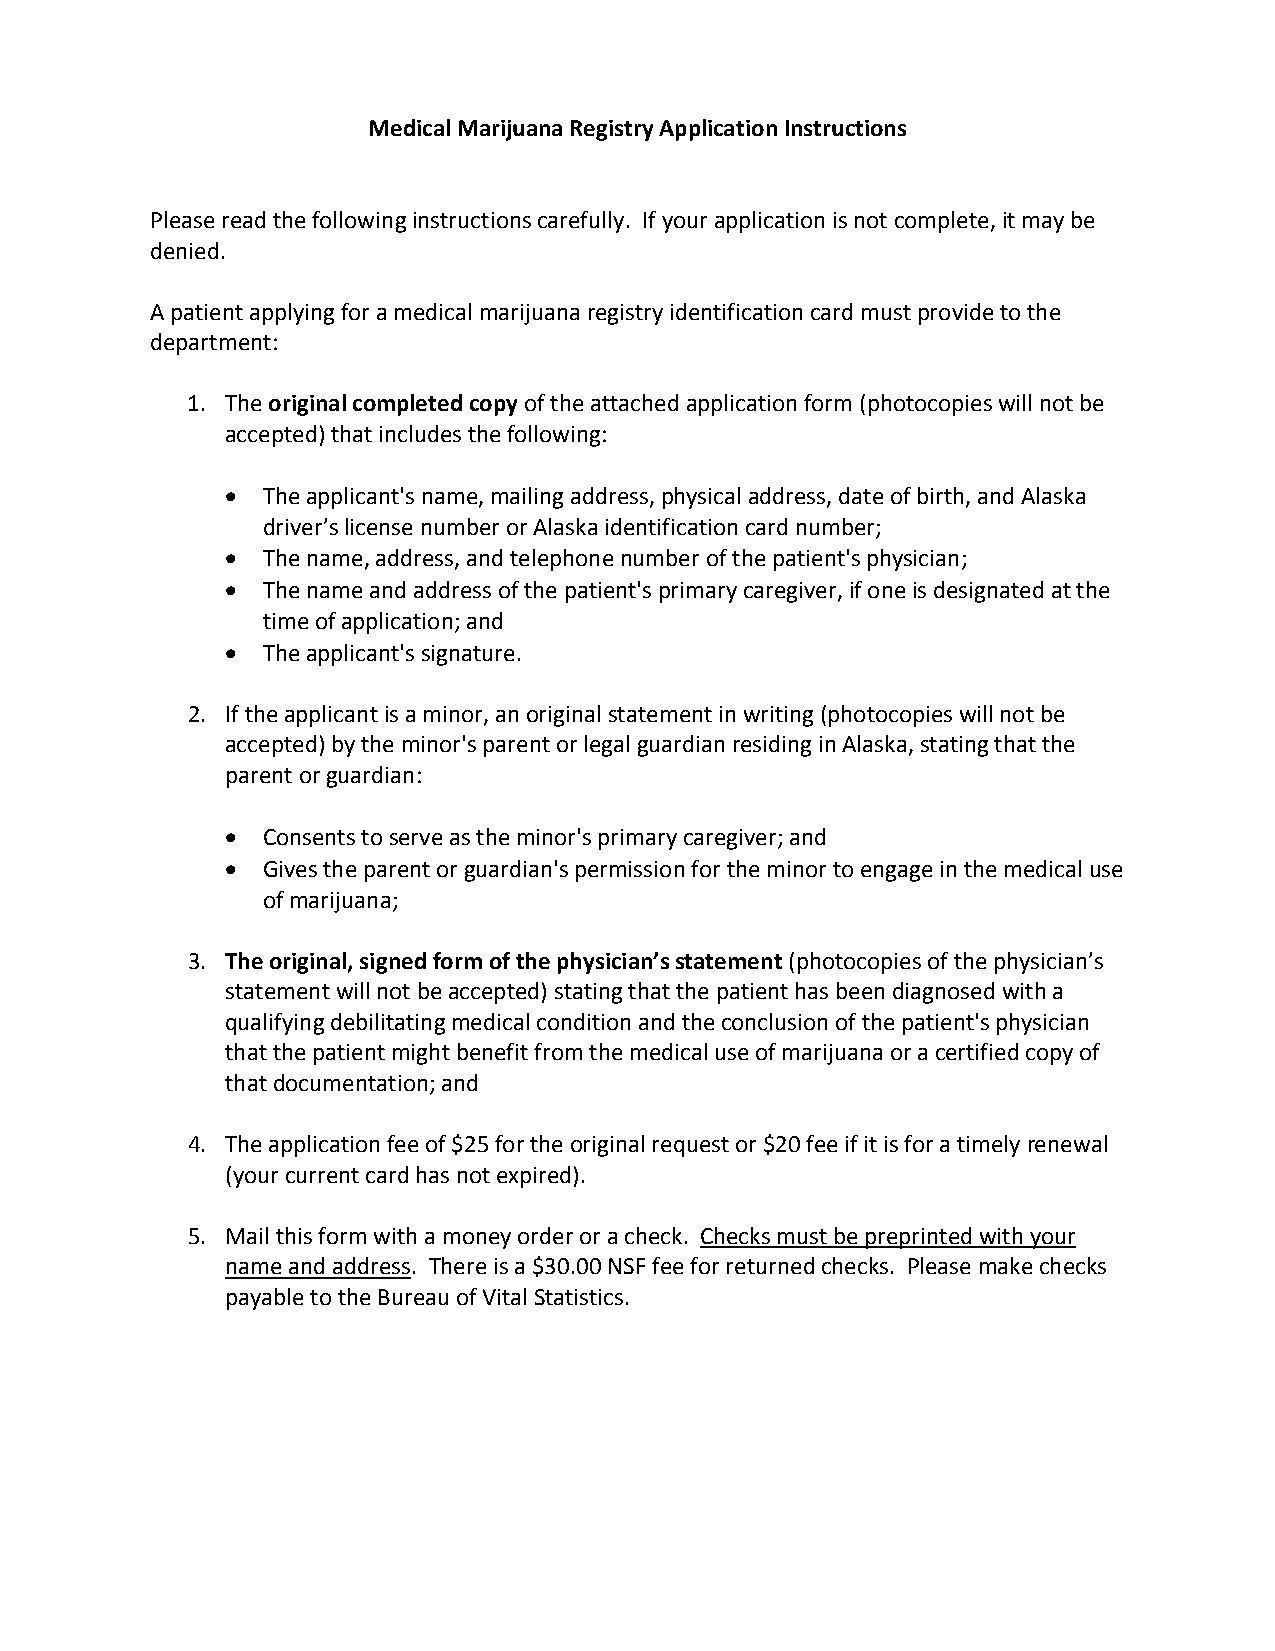
Medical Marijuana Registry Application Instructions
 Please read the following instructions carefully. If your application is not complete, it may be
 denied.
 A patient applying for a medical marijuana registry identification card must provide to the
 department:
 1. The original completed copy of the attached application form (photocopies will not be
 accepted) that includes the following:
  The applicant's name, mailing address, physical address, date of birth, and Alaska
 driver’s license number or Alaska identification card number;
  The name, address, and telephone number of the patient's physician;
  The name and address of the patient's primary caregiver, if one is designated at the
 time of application; and
  The applicant's signature.
 2. If the applicant is a minor, an original statement in writing (photocopies will not be
 accepted) by the minor's parent or legal guardian residing in Alaska, stating that the
 parent or guardian:
  Consents to serve as the minor's primary caregiver; and
  Gives the parent or guardian's permission for the minor to engage in the medical use
 of marijuana;
 3. The original, signed form of the physician’s statement (photocopies of the physician’s
 statement will not be accepted) stating that the patient has been diagnosed with a
 qualifying debilitating medical condition and the conclusion of the patient's physician
 that the patient might benefit from the medical use of marijuana or a certified copy of
 that documentation; and
 4. The application fee of $25 for the original request or $20 fee if it is for a timely renewal
 (your current card has not expired).
 5. Mail this form with a money order or a check. Checks must be preprinted with your
 name and address. There is a $30.00 NSF fee for returned checks. Please make checks
 payable to the Bureau of Vital Statistics.